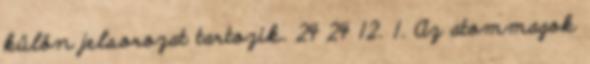
külön jelsorozat tartozik. 24 24 12. 1. Az atommagok